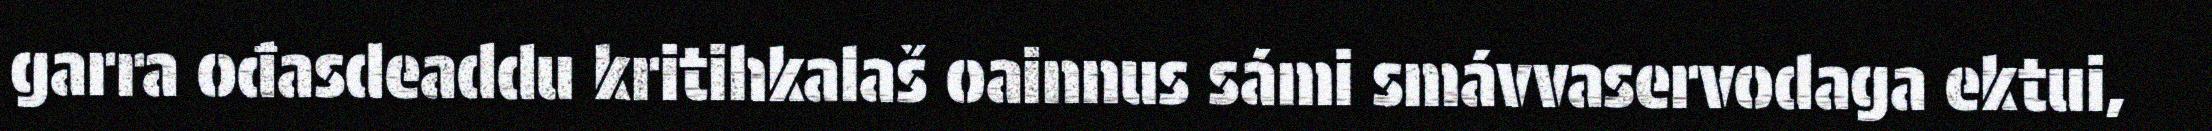
garra ođasdeaddu kritihkalaš oainnus sámi smávvaservodaga ektui,